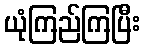
ယုံကြည်ကြပြီး